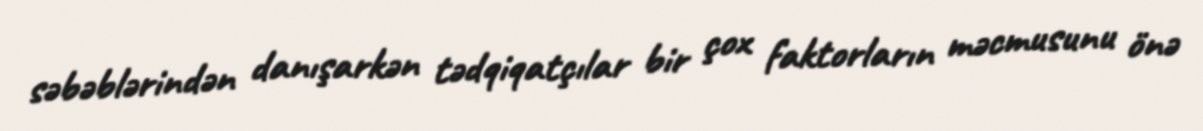
səbəblərindən danışarkən tədqiqatçılar bir çox faktorların məcmusunu önə